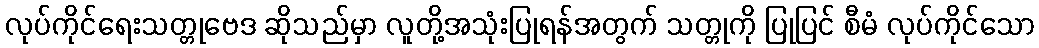
လုပ်ကိုင်ရေးသတ္တုဗေဒ ဆိုသည်မှာ လူတို့အသုံးပြုရန်အတွက် သတ္တုကို ပြုပြင် စီမံ လုပ်ကိုင်သော